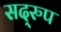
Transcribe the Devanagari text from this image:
सद्‌रुप